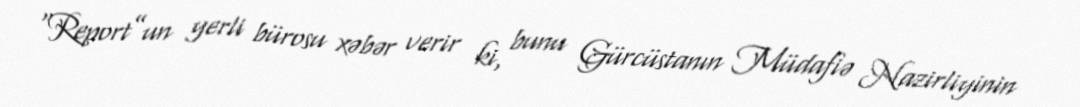
“Report”un yerli bürosu xəbər verir ki, bunu Gürcüstanın Müdafiə Nazirliyinin